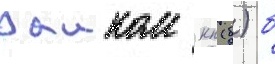
раиком кп (б) б